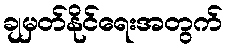
ချမှတ်နိုင်ရေးအတွက်